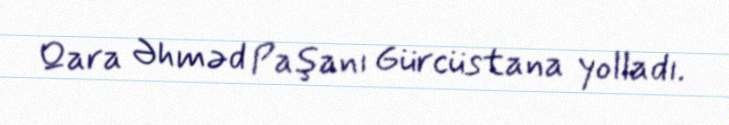
Qara Əhməd Paşanı Gürcüstana yolladı.